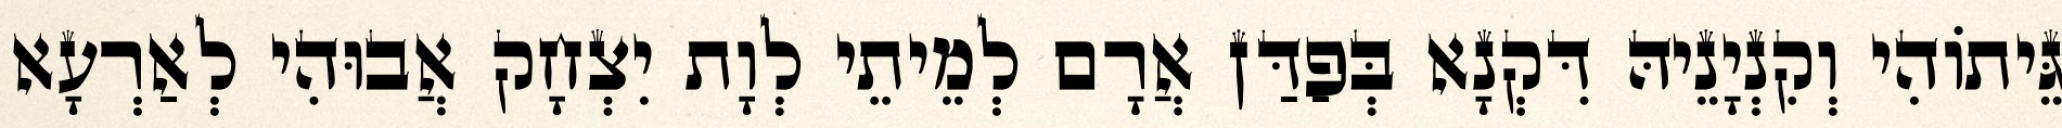
גֵּיתוֹהִי וְקִנְיָנֵיהּ דִּקְנָא בְּפַדַּן אֲרָם לְמֵיתֵי לְוָת יִצְחָק אֲבוּהִי לְאַרְעָא